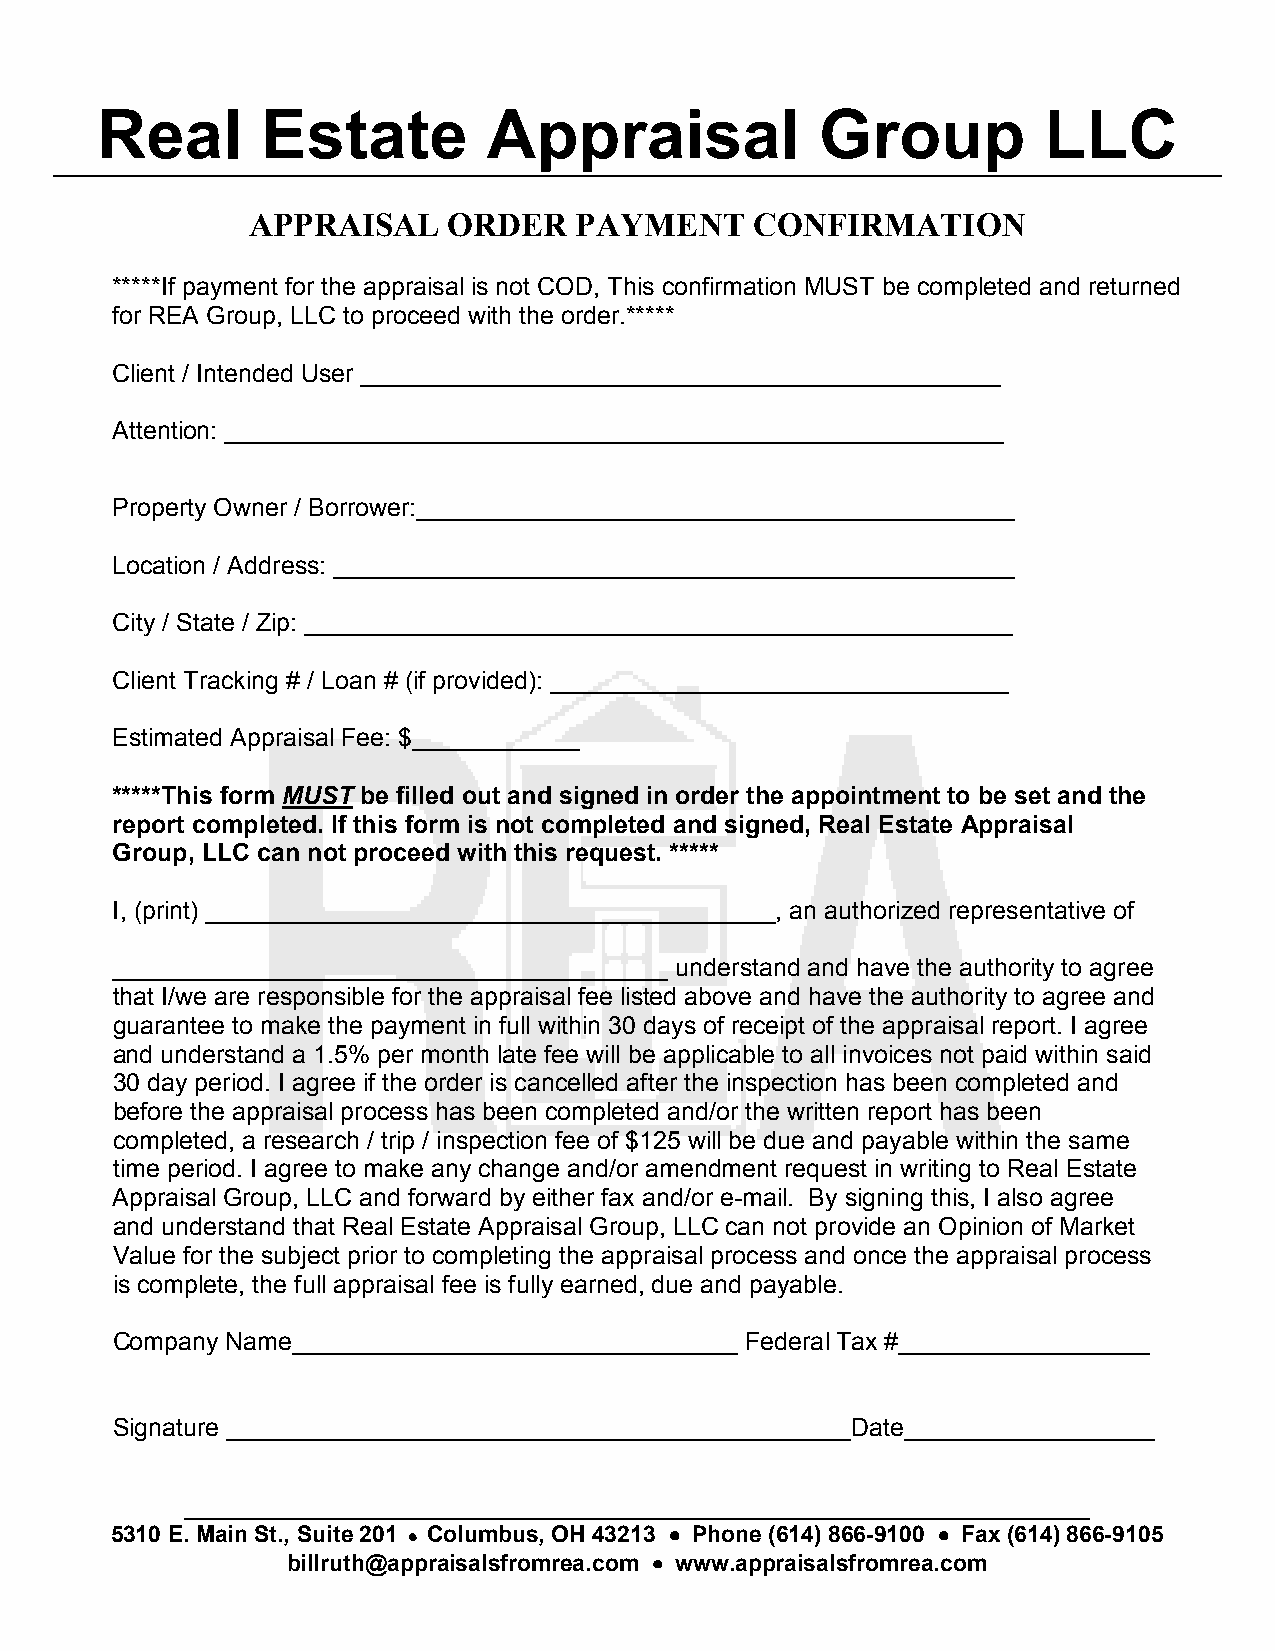
Real       Estate         Appraisal             Group          LLC
 APPRAISAL     ORDER   PAYMENT     CONFIRMATION
 *****If payment for the appraisal is not COD, This confirmation MUST be completed and returned
 for REA Group, LLC to proceed with the order.*****
 Client / Intended User ______________________________________________
 Attention: ________________________________________________________
 Property Owner / Borrower:___________________________________________
 Location / Address: _________________________________________________
 City / State / Zip: ___________________________________________________
 Client Tracking # / Loan # (if provided): _________________________________
 Estimated Appraisal Fee: $____________
 *****This form MUST be filled out and signed in order the appointment to be set and the
 report completed. If this form is not completed and signed, Real Estate Appraisal
 Group, LLC can not proceed with this request. *****
 I, (print) _________________________________________, an authorized representative of
 ________________________________________ understand and have the authority to agree
 that I/we are responsible for the appraisal fee listed above and have the authority to agree and
 guarantee to make the payment in full within 30 days of receipt of the appraisal report. I agree
 and understand a 1.5% per month late fee will be applicable to all invoices not paid within said
 30 day period. I agree if the order is cancelled after the inspection has been completed and
 before the appraisal process has been completed and/or the written report has been
 completed, a research / trip / inspection fee of $125 will be due and payable within the same
 time period. I agree to make any change and/or amendment request in writing to Real Estate
 Appraisal Group, LLC and forward by either fax and/or e-mail. By signing this, I also agree
 and understand that Real Estate Appraisal Group, LLC can not provide an Opinion of Market
 Value for the subject prior to completing the appraisal process and once the appraisal process
 is complete, the full appraisal fee is fully earned, due and payable.
 Company Name________________________________ Federal Tax #__________________
 Signature _____________________________________________Date__________________
 5310 E. Main St., Suite 201 •••• Columbus, OH 43213 •••• Phone (614) 866-9100 •••• Fax (614) 866-9105
 billruth@appraisalsfromrea.com •••• www.appraisalsfromrea.com